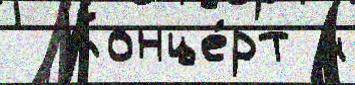
  Конце́рт и